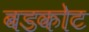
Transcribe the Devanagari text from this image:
बडकोट